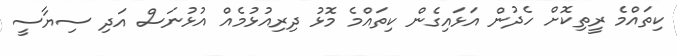
ކިތައްމެ ރީތިކޮށް ހެދުން އަޅައިގެން ކިތައްމެ މޮޅު ދިރިއުޅުމެއް އުޅުނަސް އަދި ސިޔާސީ